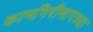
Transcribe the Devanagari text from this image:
कामगिरीमागच्या